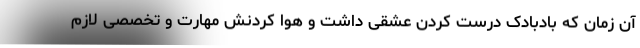
آن زمان که بادبادک درست کردن عشقی داشت و هوا کردنش مهارت و تخصصی لازم